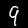
Digit: 9